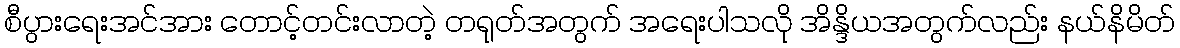
စီပွားရေးအင်အား တောင့်တင်းလာတဲ့ တရုတ်အတွက် အရေးပါသလို အိန္ဒိယအတွက်လည်း နယ်နိမိတ်